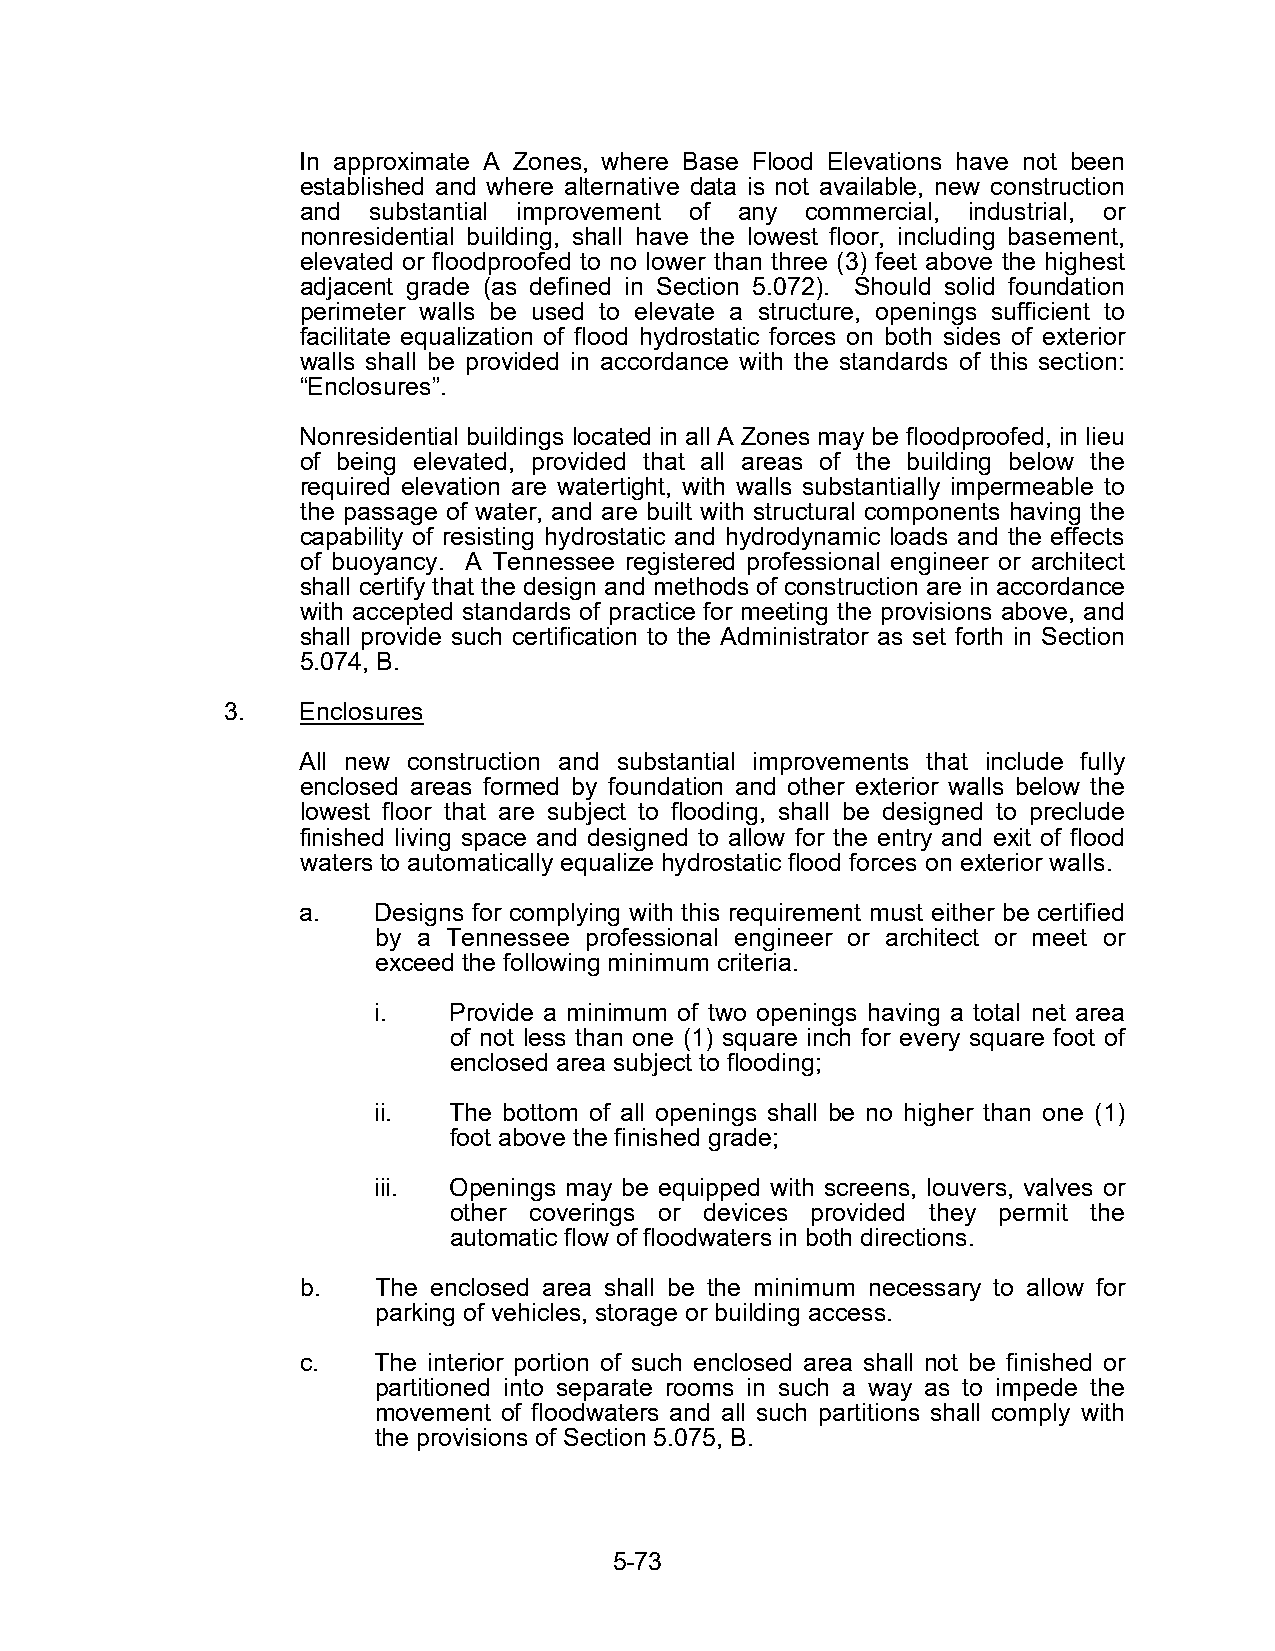
In approximate A Zones, where Base Flood Elevations have not been
 established and where alternative data is not available, new construction
 and substantial improvement of any commercial, industrial, or
 nonresidential building, shall have the lowest floor, including basement,
 elevated or floodproofed to no lower than three (3) feet above the highest
 adjacent grade (as defined in Section 5.072). Should solid foundation
 perimeter walls be used to elevate a structure, openings sufficient to
 facilitate equalization of flood hydrostatic forces on both sides of exterior
 walls shall be provided in accordance with the standards of this section:
 “Enclosures”.
 Nonresidential buildings located in all A Zones may be floodproofed, in lieu
 of being elevated, provided that all areas of the building below the
 required elevation are watertight, with walls substantially impermeable to
 the passage of water, and are built with structural components having the
 capability of resisting hydrostatic and hydrodynamic loads and the effects
 of buoyancy. A Tennessee registered professional engineer or architect
 shall certify that the design and methods of construction are in accordance
 with accepted standards of practice for meeting the provisions above, and
 shall provide such certification to the Administrator as set forth in Section
 5.074, B.
 3.   Enclosures
 All new construction and substantial improvements that include fully
 enclosed areas formed by foundation and other exterior walls below the
 lowest floor that are subject to flooding, shall be designed to preclude
 finished living space and designed to allow for the entry and exit of flood
 waters to automatically equalize hydrostatic flood forces on exterior walls.
 a.   Designs for complying with this requirement must either be certified
 by a Tennessee professional engineer or architect or meet or
 exceed the following minimum criteria.
 i.   Provide a minimum of two openings having a total net area
 of not less than one (1) square inch for every square foot of
 enclosed area subject to flooding;
 ii.  The bottom of all openings shall be no higher than one (1)
 foot above the finished grade;
 iii. Openings may be equipped with screens, louvers, valves or
 other coverings or devices provided they permit the
 automatic flow of floodwaters in both directions.
 b.   The enclosed area shall be the minimum necessary to allow for
 parking of vehicles, storage or building access.
 c.   The interior portion of such enclosed area shall not be finished or
 partitioned into separate rooms in such a way as to impede the
 movement of floodwaters and all such partitions shall comply with
 the provisions of Section 5.075, B.
 5-73